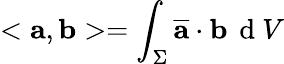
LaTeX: <\mathbf{a},\mathbf{b}>=\int_{\Sigma}^{}\overline{{\mathbf{a}}}\cdot\mathbf{b}\, \mathrm{~d~}V